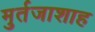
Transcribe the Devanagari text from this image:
मुर्तजाशाह